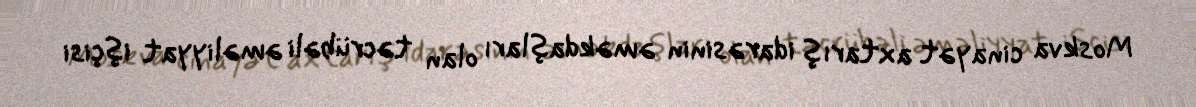
Moskva cinayət axtarış idarəsinin əməkdaşları olan təcrübəli əməliyyat işçisi